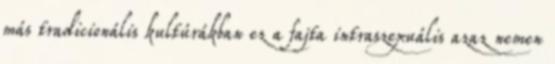
más tradicionális kultúrákban ez a fajta intraszexuális azaz nemen